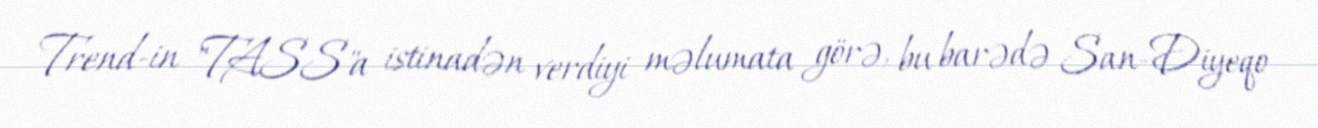
Trend-in "TASS"a istinadən verdiyi məlumata görə, bu barədə San-Diyeqo